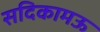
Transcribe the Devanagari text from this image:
सदिकामऊ